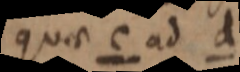
quae c ad d